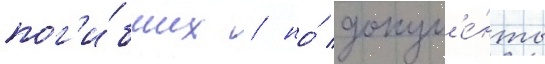
пог'и́бших / но́ докум'е́нты